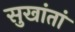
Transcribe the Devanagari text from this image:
सुखांतां